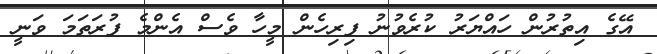
އޭގެ އިތުރުން ހައްޔަރު ކުރެވުނު ފިރިހެން މީހާ ވެސް އެންމެ ފުރަތަމަ ވަނީ